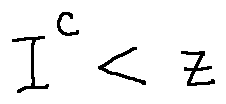
I ^ { C } < z